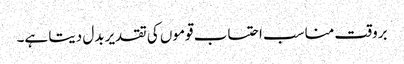
بروقت مناسب احتساب قوموں کی تقدیر بدل دیتا ہے۔